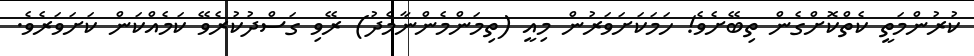
ކުރުންމަތީ ކެތްކޮށްގެން ތިބޭށެވެ! ހަމަކަށަވަރުން މިއީ (ތިމަންމެންނާމެދު) ރޭވި ގަސްދުކުރެވޭ ކަމެއްކަން ކަށަވަރެވެ.